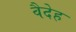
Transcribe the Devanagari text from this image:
वैदेह